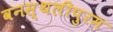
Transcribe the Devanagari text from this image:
वनस्थलीपुरम